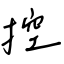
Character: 控